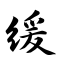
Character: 缓